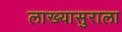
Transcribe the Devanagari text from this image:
लाख्यासुराला